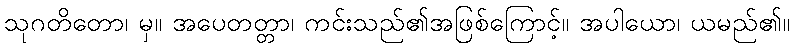
သုဂတိတော၊ မှ။ အပေတတ္တာ၊ ကင်းသည်၏အဖြစ်ကြောင့်။ အပါယော၊ ယမည်၏။